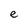
Character: e